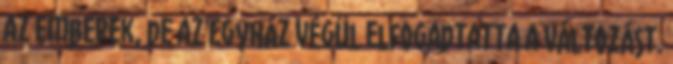
az emberek, de az egyház végül elfogadtatta a változást.